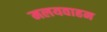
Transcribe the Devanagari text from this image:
मलयवाहन